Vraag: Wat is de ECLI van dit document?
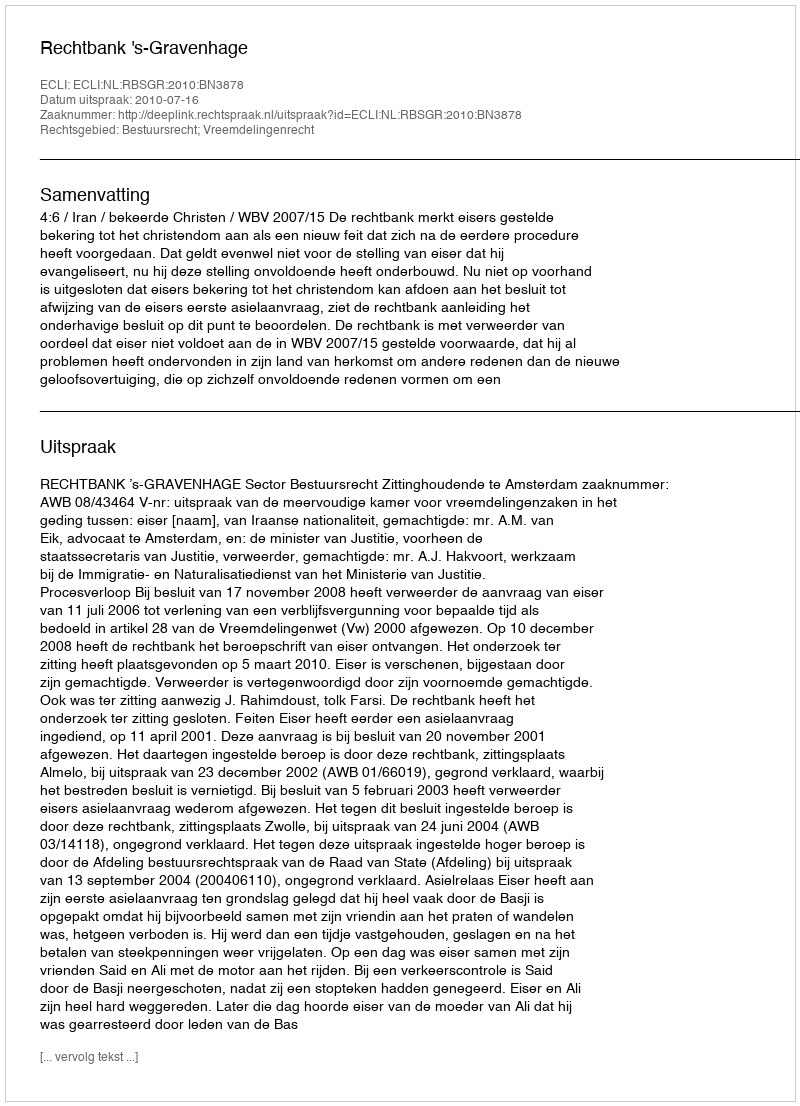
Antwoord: ECLI:NL:RBSGR:2010:BN3878